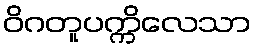
ဝိဂတူပက္ကိလေသာ